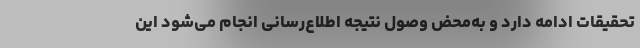
تحقیقات ادامه دارد و به‌محض وصول نتیجه اطلاع‌رسانی انجام می‌شود این